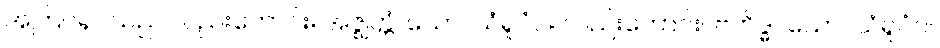
အကြင်ရုပ်သည် လည်းကောင်း။ အဇ္ဈတ္တံ၊ သော။ ယံရူပံဝါ၊ လည်းကောင်း။ ဗဟိဒ္ဓါ၊ သော။ ယံရူပံဝါ၊